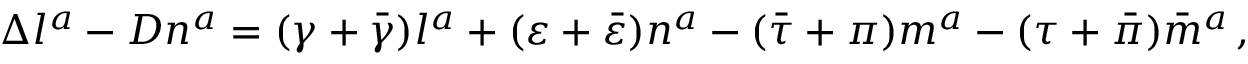
\Delta l ^ { a } - D n ^ { a } = ( \gamma + { \bar { \gamma } } ) l ^ { a } + ( \varepsilon + { \bar { \varepsilon } } ) n ^ { a } - ( { \bar { \tau } } + \pi ) m ^ { a } - ( \tau + { \bar { \pi } } ) { \bar { m } } ^ { a } \, ,